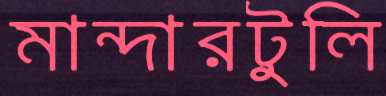
মান্দারটুলি